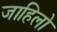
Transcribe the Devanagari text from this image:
जाहिलो